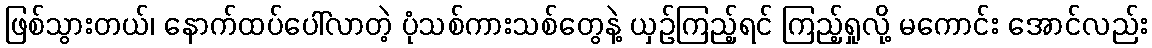
ဖြစ်သွားတယ်၊ နောက်ထပ်ပေါ်လာတဲ့ ပုံသစ်ကားသစ်တွေနဲ့ ယှဉ်ကြည့်ရင် ကြည့်ရှုလို့ မကောင်း အောင်လည်း